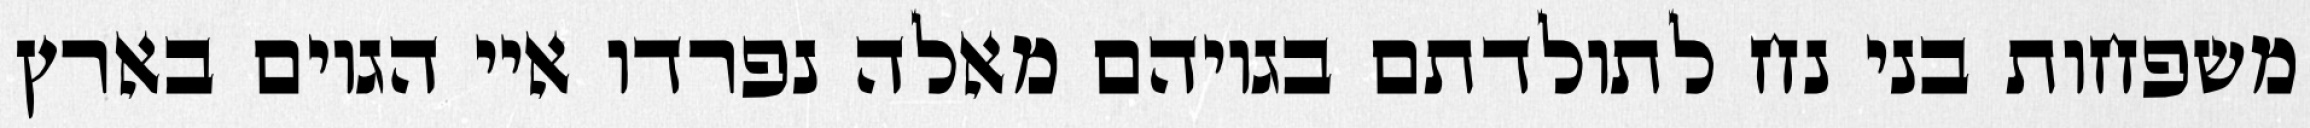
משפחות בני נח לתולדתם בגויהם מאלה נפרדו איי הגוים בארץ